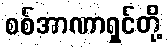
စစ်အာဏာရှင်တို့